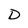
Character: D